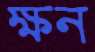
ক্ষন